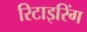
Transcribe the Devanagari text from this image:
रिटाइरिंग